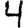
Digit: 4